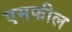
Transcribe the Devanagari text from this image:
एमफील